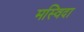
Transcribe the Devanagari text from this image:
मस्विदा